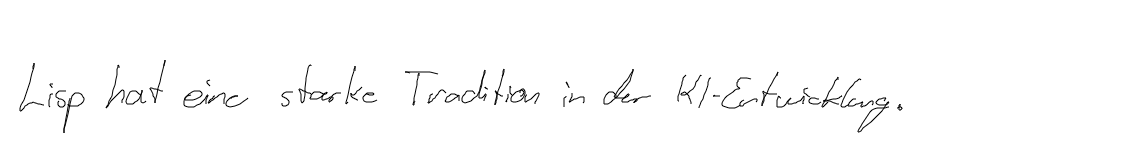
Lisp hat eine starke Tradition in der KI-Entwicklung.